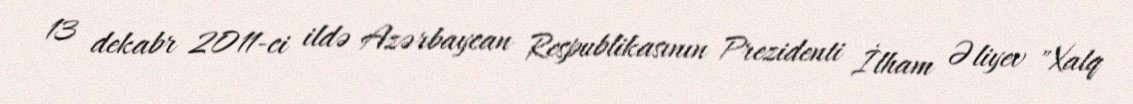
13 dekabr 2011-ci ildə Azərbaycan Respublikasının Prezidenti İlham Əliyev "Xalq